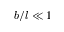
b / l \ll 1